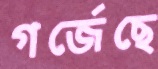
গর্জেছে